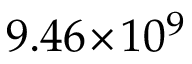
9 . 4 6 \! \times \! 1 0 ^ { 9 }